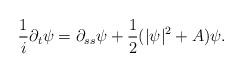
LaTeX: \begin{align*}\frac{1}{i}\partial_{t}\psi = \partial_{ss}\psi+\frac{1}{2}(|\psi|^{2}+A)\psi.\end{align*}